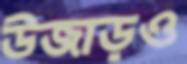
উজাড়ও